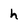
Character: h